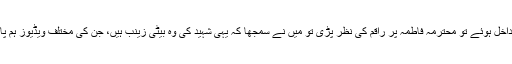
جب ہم شہید کے گھر میں داخل ہوئے تو محترمہ فاطمہ پر راقم کی نظر پڑی تو میں نے سمجھا کہ یہی شہید کی وہ بیٹی زینب ہیں، جن کی مختلف ویڈیوز ہم پاکستان میں دیکھ چکے ہیں۔